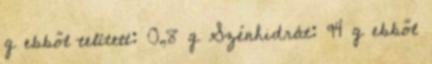
g ebből telített: 0,8 g Szénhidrát: 94 g ebből